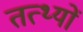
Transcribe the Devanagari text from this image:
तत्थ्यों